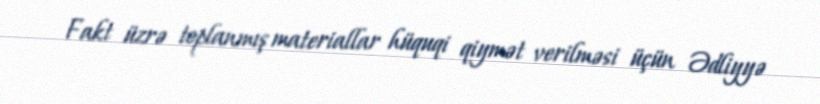
Fakt üzrə toplanmış materiallar hüquqi qiymət verilməsi üçün Ədliyyə